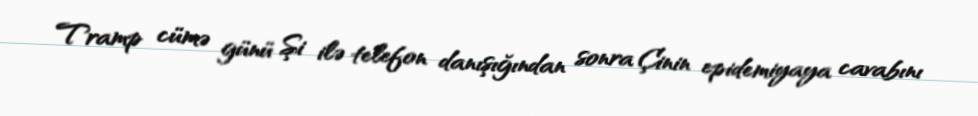
Tramp cümə günü Şi ilə telefon danışığından sonra Çinin epidemiyaya cavabını